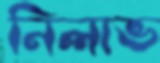
নিলাভ